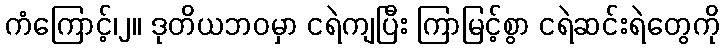
ကံကြောင့်၊၂။ ဒုတိယဘဝမှာ ငရဲကျပြီး ကြာမြင့်စွာ ငရဲဆင်းရဲတွေကို